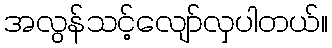
အလွန်သင့်လျော်လှပါတယ်။